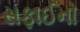
સફાઈનો